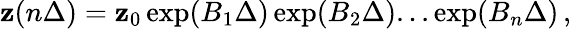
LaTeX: {\mathbf z}(n\Delta)={\mathbf z}_{0}\exp(B_{1}\Delta)\exp(B_{2}\Delta)...\exp(B_{n}\Delta)\, ,